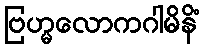
ဗြဟ္မလောကဂါမိနိံ